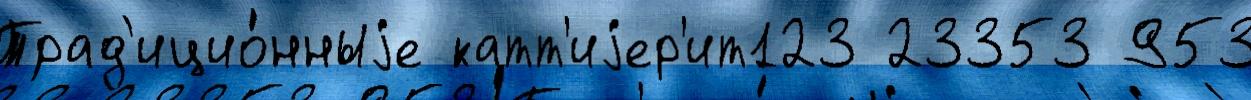
Трад'ицио́нныjе катт'иjер'ит123 23353 953